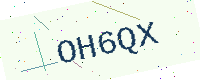
Text: OH6QX